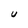
Character: U